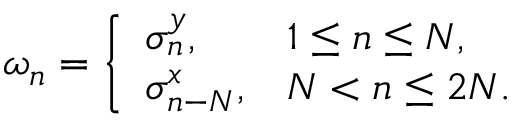
\begin{array} { r } { \omega _ { n } = \left\{ \begin{array} { l l } { \sigma _ { n } ^ { y } , } & { 1 \le n \le N , } \\ { \sigma _ { n - N } ^ { x } , } & { N < n \le 2 N . } \end{array} \right. } \end{array}